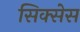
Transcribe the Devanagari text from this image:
सिक्सेस